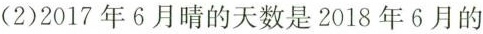
（2）2017年6月晴的天数是2018年6月的